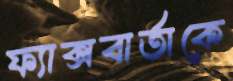
ফ্যাক্সবার্তাকে